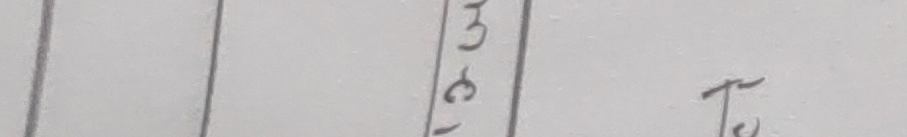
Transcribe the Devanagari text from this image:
३
८